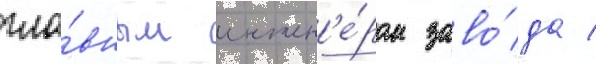
гла́вным инжен'е́ром заво́да /